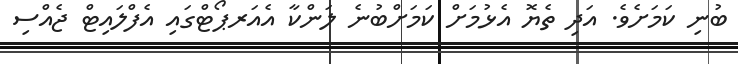
ބުނި ކަމަށެވެ. އަދި ތެޔޮ އެޅުމަށް ކަމަށްބުނެ ލަންކާ އެއަރޕޯޓްގައި އެފްލައިޓް ޖެއްސި